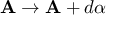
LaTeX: \mathbf { A } \rightarrow \mathbf { A } + d \alpha